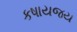
કષાયજય